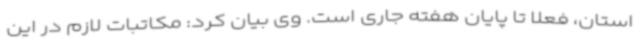
استان، فعلا تا پایان هفته جاری است. وی بیان کرد: مکاتبات لازم در این